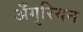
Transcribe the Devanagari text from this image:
अँगुरियन